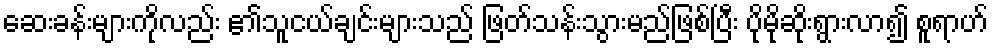
ဆေးခန်းများကိုလည်း ၏သူငယ်ချင်းများသည် ဖြတ်သန်းသွားမည်ဖြစ်ပြီး ပိုမိုဆိုးရွားလာ၍ စူရာဟ်